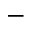
-